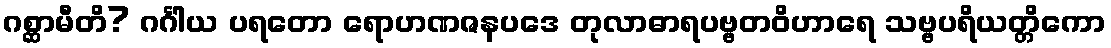
ဂစ္ဆာမီတိ? ဂင်္ဂါယ ပရတော ရောဟဏဇနပဒေ တုလာဓာရပဗ္ဗတဝိဟာရေ သဗ္ဗပရိယတ္တိကော